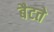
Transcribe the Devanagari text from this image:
बैटते